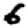
Digit: 6